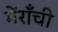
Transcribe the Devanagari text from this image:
मेंराँची